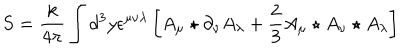
LaTeX: S = \frac { k } { 4 \pi } \int d ^ { 3 } y \epsilon ^ { \mu \nu \lambda } \left[ A _ { \mu } \star \partial _ { \nu } A _ { \lambda } + \frac { 2 } { 3 } A _ { \mu } \star A _ { \nu } \star A _ { \lambda } \right]